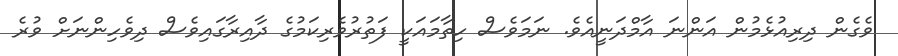
ވެގެން ދިރިއުޅެމުން އަންނަ އާމްދަނީއެވެ. ނަމަވެސް ހިތާމައަކީ ފަތުރުވެރިކަމުގެ ދާއިރާގައިވެސް ދިވެހިންނަށް ވުރެ